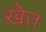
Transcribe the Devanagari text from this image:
ख़ेत